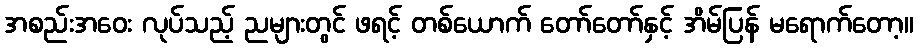
အစည်းအဝေး လုပ်သည့် ညများတွင် ဖရင့် တစ်ယောက် တော်တော်နှင့် အိမ်ပြန် မရောက်တော့။